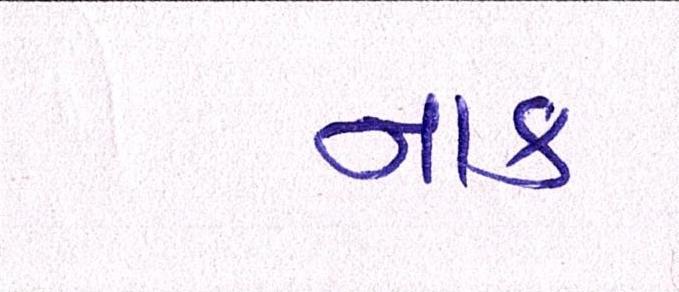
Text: નાક